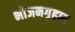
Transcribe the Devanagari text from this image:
भोजनगृहात